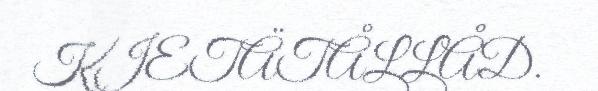
KIETÄTÅLLÅD.